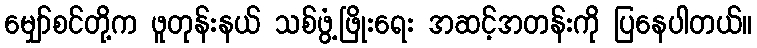
မျှော်စင်တို့က ဖူတုန်းနယ် သစ်ဖွံ့ဖြိုးရေး အဆင့်အတန်းကို ပြနေပါတယ်။